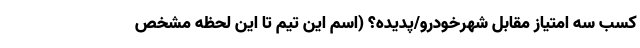
کسب سه امتیاز مقابل شهرخودرو/پدیده؟ (اسم این تیم تا این لحظه مشخص